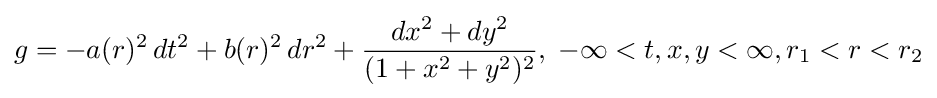
g=-a(r)^{2}\,dt^{2}+b(r)^{2}\,dr^{2}+{\frac {dx^{2}+dy^{2}}{(1+x^{2}+y^{2})^{2}}},\;-\infty <t,x,y<\infty ,r_{1}<r<r_{2}